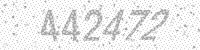
Solution: 442472